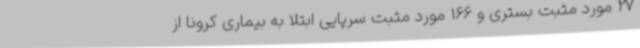
27 مورد مثبت بستری و 166 مورد مثبت سرپایی ابتلا به بیماری کرونا از